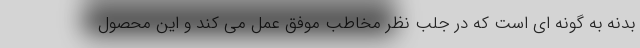
بدنه به گونه ای است که در جلب نظر مخاطب موفق عمل می کند و این محصول